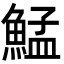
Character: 鯭